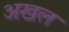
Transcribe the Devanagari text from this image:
अखल